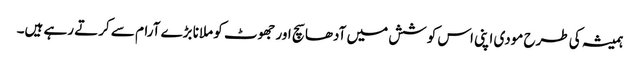
ہمیشہ کی طرح مودی اپنی اس کوشش میں آدھا سچ اور جھوٹ کو ملانا بڑے آرام سے کرتے رہے ہیں۔